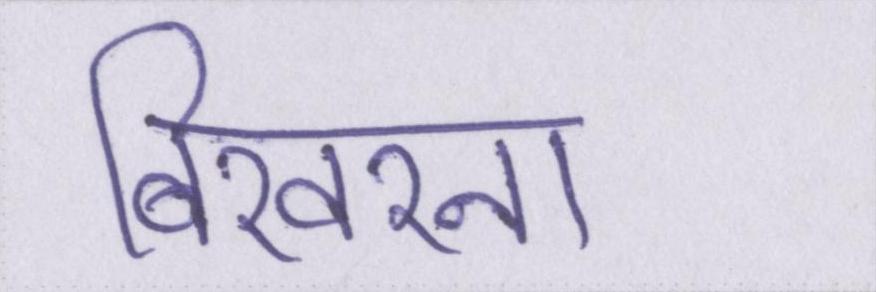
बिखरना